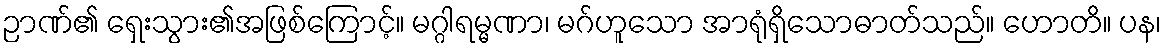
ဉာဏ်၏ ရှေးသွား၏အဖြစ်ကြောင့်။ မဂ္ဂါရမ္မဏာ၊ မဂ်ဟူသော အာရုံရှိသောဓာတ်သည်။ ဟောတိ။ ပန၊